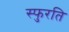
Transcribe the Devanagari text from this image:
स्फुरति